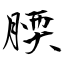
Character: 腝